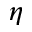
\eta